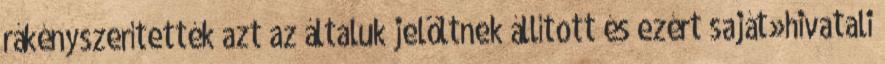
rákényszerítették azt az általuk jelöltnek állított és ezért saját»hivatali